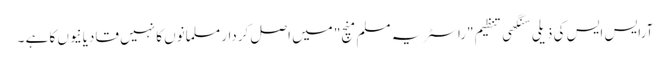
آرایس ایس کی ذیلی سنگھی تنظیم "راسٹریہ مسلم منچ" میں اصل کردار مسلمانوں کا نہیں قادیانیوں کا ہے ۔